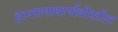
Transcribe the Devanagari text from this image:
इस्लामाधार्माधीश्ठीत